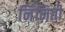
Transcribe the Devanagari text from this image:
र्निमिती